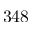
3 4 8